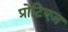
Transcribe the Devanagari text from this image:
प्रोटिएज